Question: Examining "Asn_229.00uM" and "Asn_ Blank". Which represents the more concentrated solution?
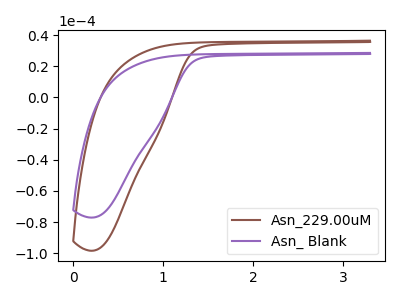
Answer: <think>The brown curve "Asn_229.00uM" has no peaks. The purple curve "Asn_ Blank" has no peaks.
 Neither "Asn_229.00uM" or "Asn_ Blank" have any peaks.</think>
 <answer>I cant tell if "Asn_229.00uM" or "Asn_ Blank" has higher concentration.</answer>
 <eval>mixed_concentration</eval>